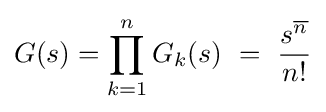
G(s)=\prod _{k=1}^{n}G_{k}(s)\ =\ {\frac {s^{\overline {n}}}{n!}}